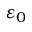
\varepsilon _ { 0 }